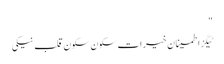
"
ٹیگزاطمینان خیرات سکون سکون قلب نیکی